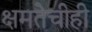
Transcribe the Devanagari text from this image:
क्षमतेचीही